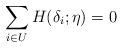
LaTeX: \begin{align*}\sum_{i\in U} H(\delta_i; \eta) = 0\end{align*}